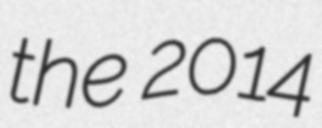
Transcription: the 2014